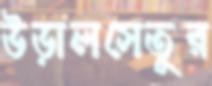
উড়ালসেতুর